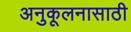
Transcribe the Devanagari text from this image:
अनुकूलनासाठी